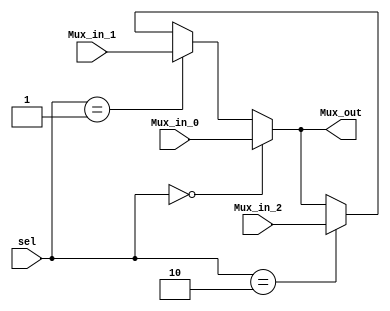
module Bits32_3input_Mux(
    //output
    output [31:0]Mux_out,
    //input
    input [31:0]Mux_in_0,
    input [31:0]Mux_in_1,
    input [31:0]Mux_in_2,
    input [1:0]sel
);

assign Mux_out = (sel == 2'b00)? Mux_in_0: (sel == 2'b01)? Mux_in_1: (sel == 2'b10)? Mux_in_2: Mux_out;
endmodule